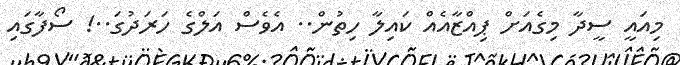
މިއައީ ސީދާ މިގެއަށް ޕިއްޒާއެއް ކައިލާ ހިތުން.. އެވެސް އަލްގެ ހަރަދުގަ..! ސޯފާގައި